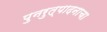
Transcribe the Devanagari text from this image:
पुनरुत्पादनाचा